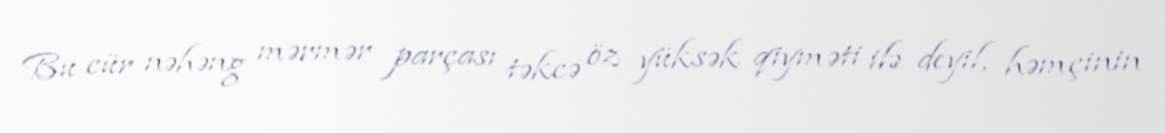
Bu cür nəhəng mərmər parçası təkcə öz yüksək qiyməti ilə deyil, həmçinin